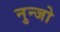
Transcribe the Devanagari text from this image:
नुन्जो